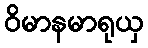
ဝိမာနမာရုယှ